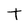
Character: T